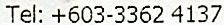
TEL: +603-3362 4137